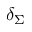
\delta _ { \Sigma }